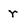
Character: r